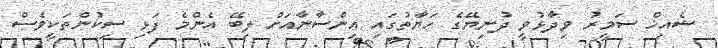
ޝެއިޚް ސަމީރު ވިދާޅުވީ ދުނިޔޭގެ ހަޔާތުގައި އިންސާނާއަށް ލިބޭ އެންމެ ފަޅި ސިކުންތަކީވެސް